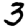
Digit: 3